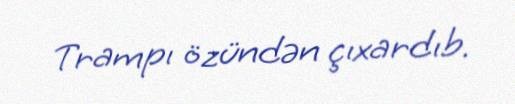
Trampı özündən çıxardıb.